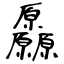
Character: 厵